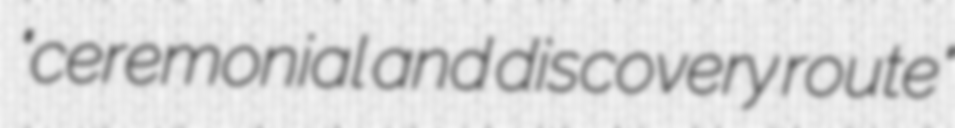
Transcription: "ceremonial and discovery route"